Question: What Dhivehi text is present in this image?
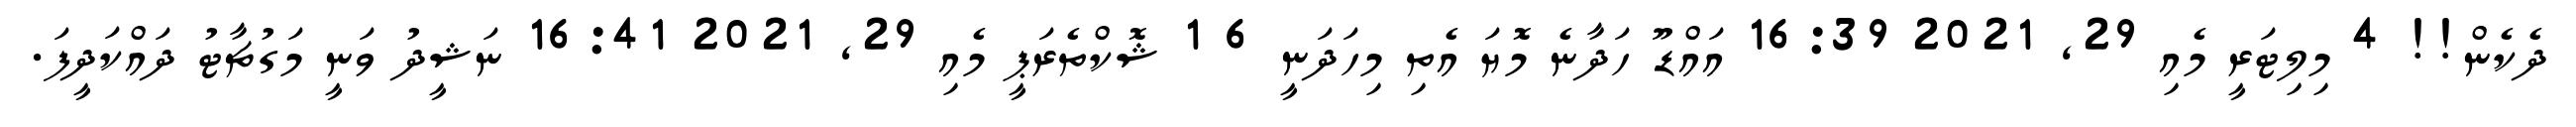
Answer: ދެކެން!! 4 މިލިޓަރީ މެއި 29, 2021 16:39 އައްޑޫ ހަދާނެ މޮޔަ އެތި މިހަދަނީ 6 1 ޝޮކްތެރަޕީ މެއި 29, 2021 16:41 ނަޝީދު ވަނީ މަގުޗާޓު ދައްކަދީފަ.